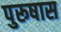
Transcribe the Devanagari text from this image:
पुरूषास